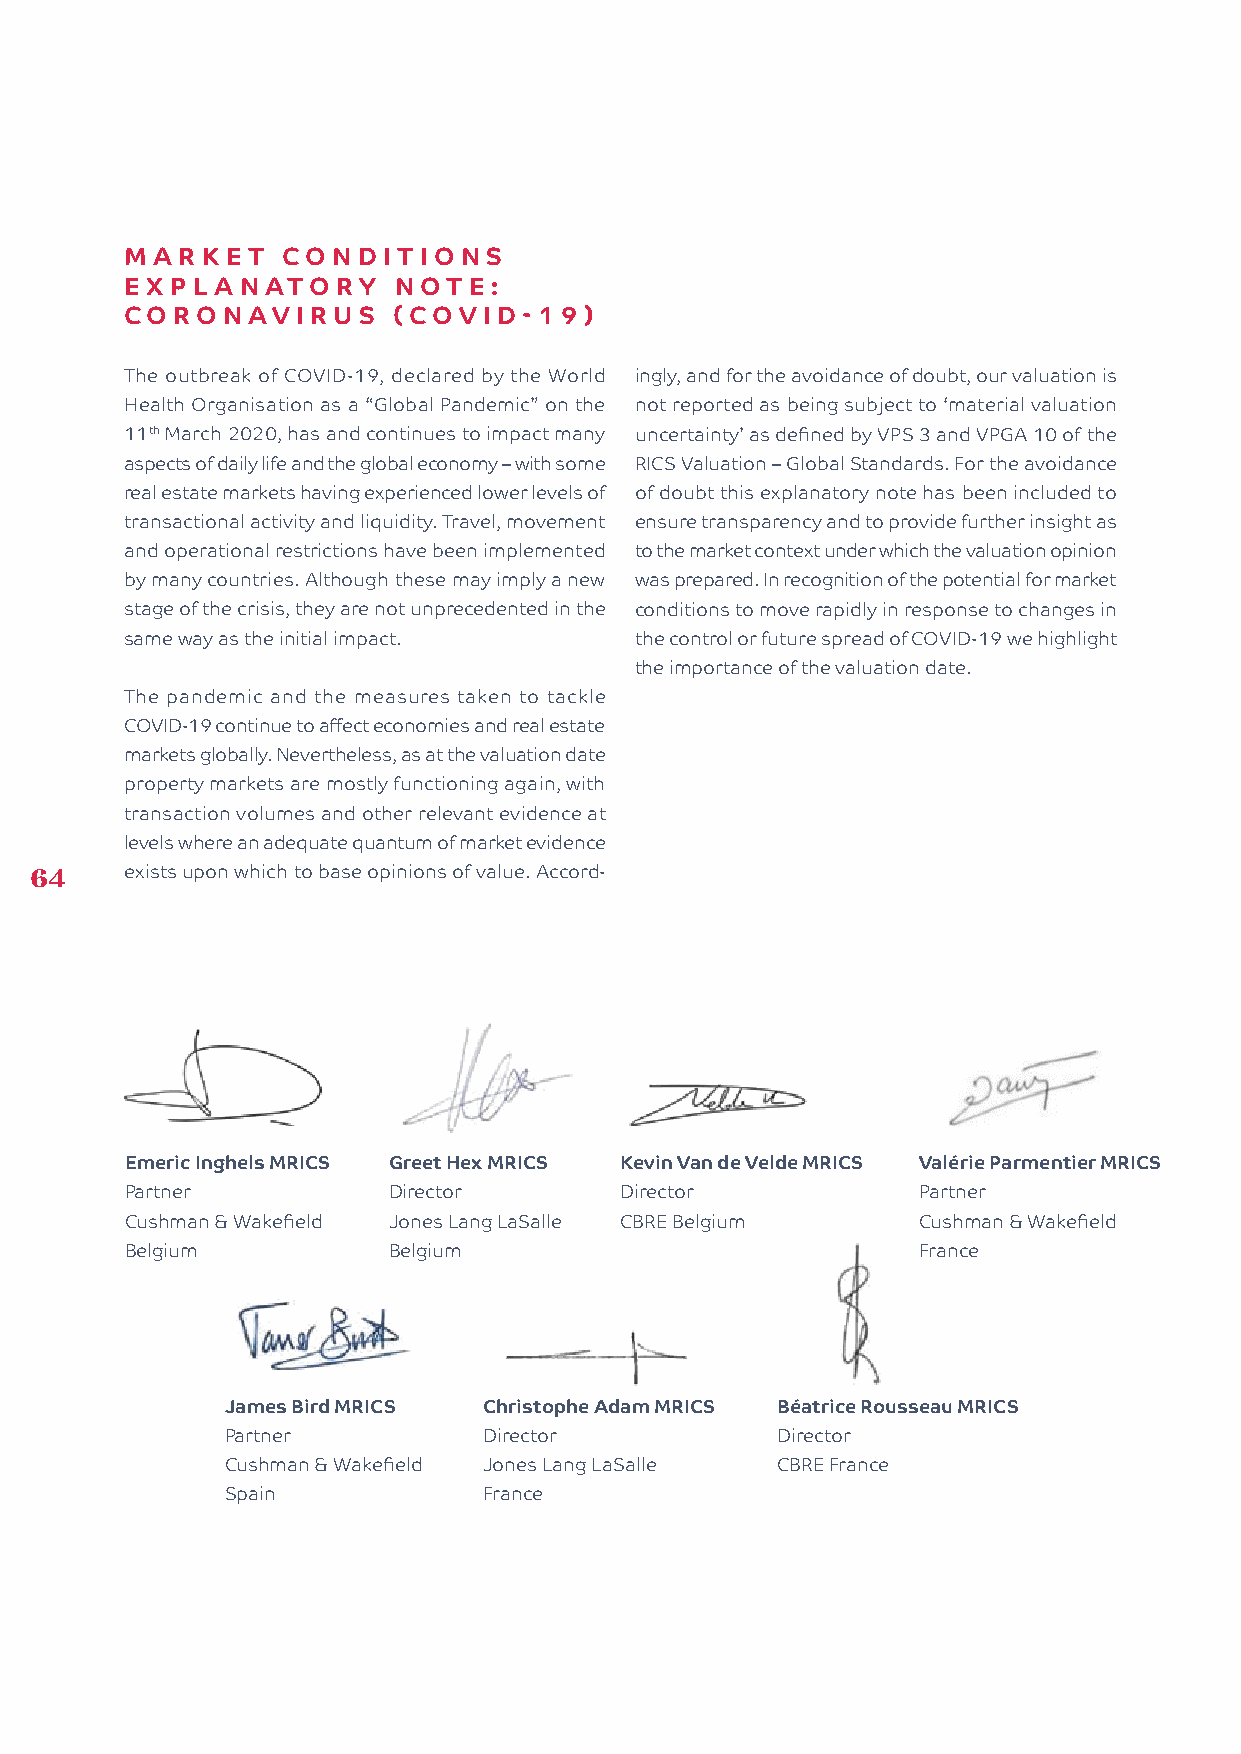
MAR  KE T  CO NDITIONS
 EXPL  AN  ATORY   NOTE:
 CORON   AVI  RUS  (COV  ID-19)
 The outbreak of COVID-19, declared by the World ingly, and for the avoidance of doubt, our valuation is
 Health Organisation as a “Global Pandemic” on the not reported as being subject to ‘material valuation
 11th March 2020, has and continues to impact many uncertainty’ as defined by VPS 3 and VPGA 10 of the
 aspects of daily life and the global economy – with some RICS Valuation – Global Standards. For the avoidance
 real estate markets having experienced lower levels of of doubt this explanatory note has been included to
 transactional activity and liquidity. Travel, movement ensure transparency and to provide further insight as
 and operational restrictions have been implemented to the market context under which the valuation opinion
 by many countries. Although these may imply a new was prepared. In recognition of the potential for market
 stage of the crisis, they are not unprecedented in the conditions to move rapidly in response to changes in
 same way as the initial impact.   the control or future spread of COVID-19 we highlight
 the importance of the valuation date.
 The pandemic and the measures taken to tackle
 COVID-19 continue to affect economies and real estate
 markets globally. Nevertheless, as at the valuation date
 property markets are mostly functioning again, with
 transaction volumes and other relevant evidence at
 levels where an adequate quantum of market evidence
 64    exists upon which to base opinions of value. Accord-
 Emeric Inghels MRICS Greet Hex MRICS Kevin Van de Velde MRICS Valérie Parmentier MRICS
 Partner           Director       Director            Partner
 Cushman & Wakefield Jones Lang LaSalle CBRE Belgium  Cushman & Wakefield
 Belgium           Belgium                            France
 James Bird MRICS Christophe Adam MRICS Béatrice Rousseau MRICS
 Partner          Director           Director
 Cushman & Wakefield Jones Lang LaSalle CBRE France
 Spain            France